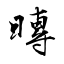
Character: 暷